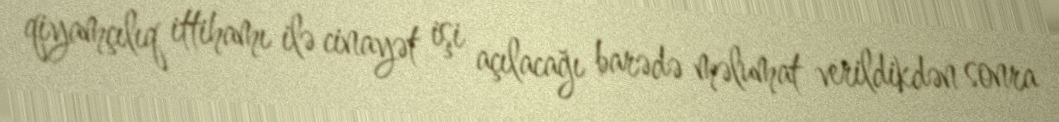
qiyamçılıq ittihamı ilə cinayət işi açılacağı barədə məlumat verildikdən sonra